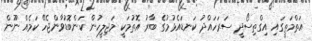
އަތްމަތީގައި އިގްތިސޯދީ ސަރަހައްދު ކަނޑައެޅުމުގެ ބާރު އޮތުމަކީ މަޖިލީހުން ކަންބޮޑުވާންޖެހޭ ކަމެއް ނޫން